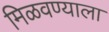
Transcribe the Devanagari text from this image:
मिळवण्याला